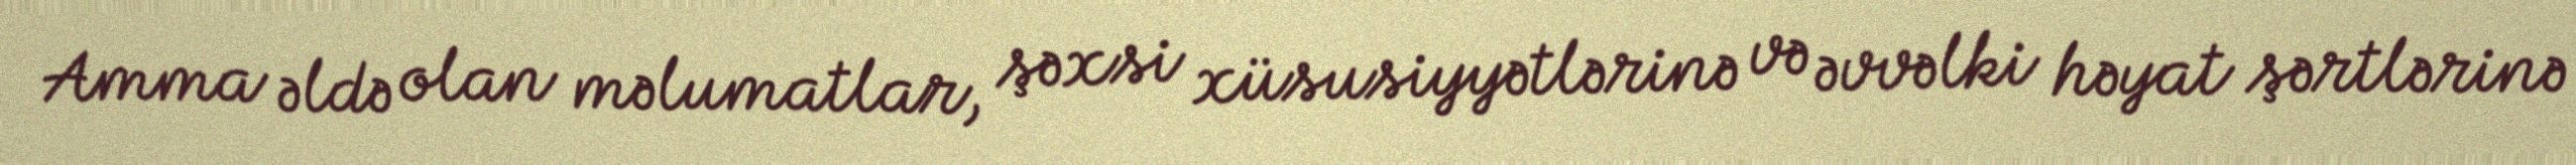
Amma əldə olan məlumatlar, şəxsi xüsusiyyətlərinə və əvvəlki həyat şərtlərinə